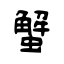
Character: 蟹